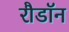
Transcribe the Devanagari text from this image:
रौडॉन